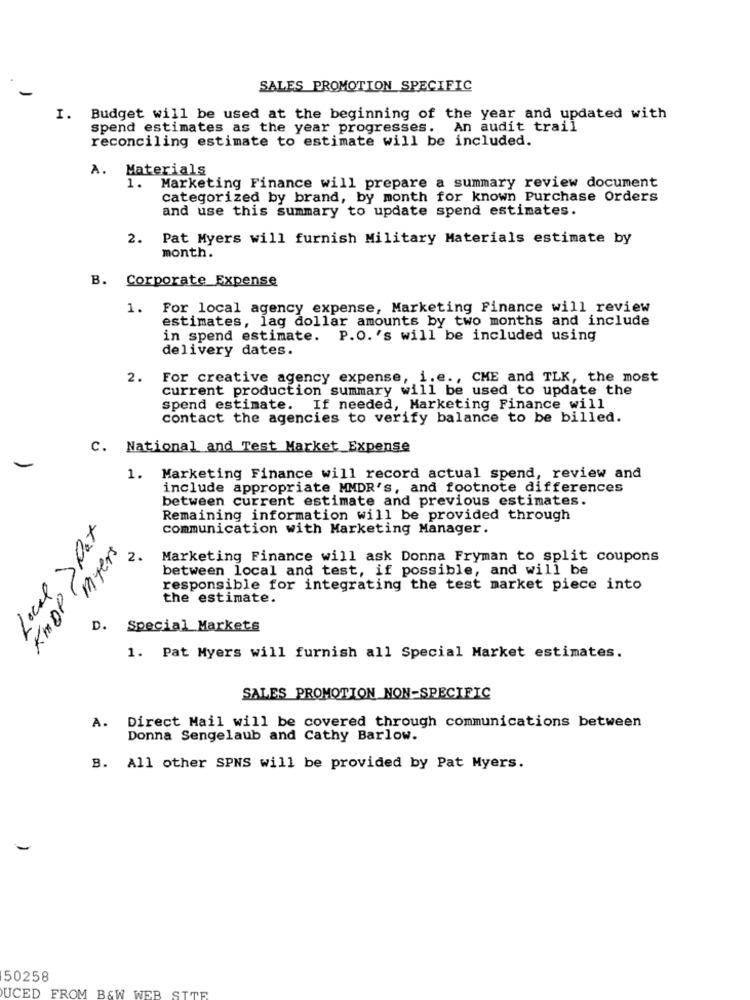
SALES PROMOTION SPECIFIC
I. Budget will be used at the beginning of the year and updated with
spend estimates as the year progresses. An audit trail
reconciling estimate to estimate will be included.
A. Materials
1.
Marketing Finance will prepare a summary review document
categorized by brand, by month for known Purchase Orders
and use this summary to update spend estimates.
2. Pat Myers will furnish Military Materials estimate by
month.
B. Corporate Expense
1. For local agency expense, Marketing Finance will review
estimates, lag dollar amounts by two months and include
in spend estimate. P.O. 's will be included using
delivery dates.
2. For creative agency expense, i.e ., CHE and TLK, the most
current production summary will be used to update the
Spend estimate. If needed, Marketing Finance will
contact the agencies to verify balance to be billed.
C. National and Test Market Expense
-
1. Marketing Finance will record actual spend, review and
include appropriate MMDR's, and footnote differences
between current estimate and previous estimates.
Remaining information will be provided through
Local > Pot
communication with Marketing Manager.
Kmor myers
2.
Marketing Finance will ask Donna Fryman to split coupons
between local and test, if possible, and will be
responsible for integrating the test market piece into
the estimate.
D. Special Markets
1. Pat Myers will furnish all Special Market estimates.
SALES PROMOTION NON-SPECIFIC
A. Direct Mail will be covered through communications between
Donna Sengelaub and Cathy Barlow.
B. All other SPNS will be provided by Pat Myers.
50258
UCED FROM B&W WEB SITE